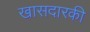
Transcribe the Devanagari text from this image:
खासदारकी